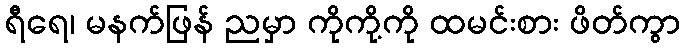
ရီရေ၊ မနက်ဖြန် ညမှာ ကိုကို့ကို ထမင်းစား ဖိတ်ကွာ